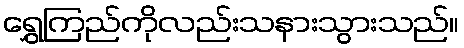
ရွှေကြည်ကိုလည်းသနားသွားသည်။